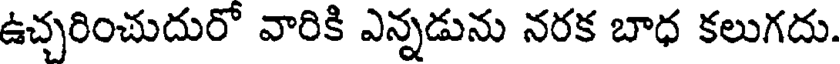
ఉచ్చరించుదురో వారికి ఎన్నడును నరక బాధ కలుగదు.